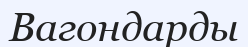
Вагондарды